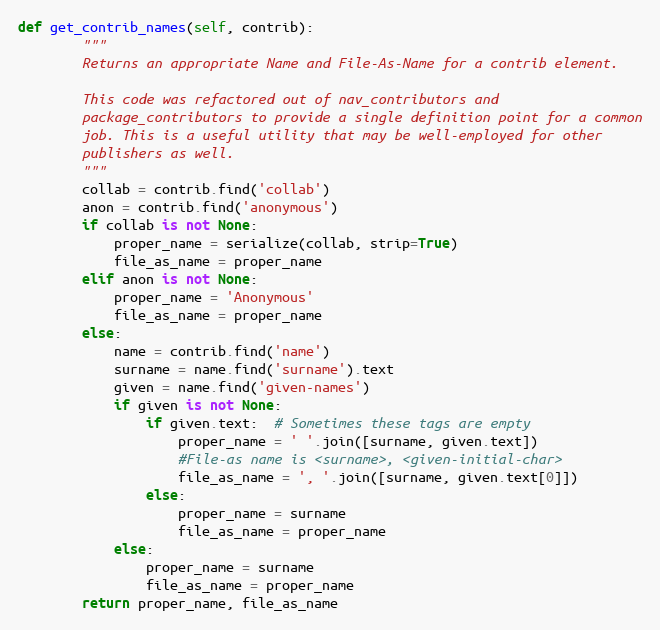
Language: Python
def get_contrib_names(self, contrib):
        """
        Returns an appropriate Name and File-As-Name for a contrib element.

        This code was refactored out of nav_contributors and
        package_contributors to provide a single definition point for a common
        job. This is a useful utility that may be well-employed for other
        publishers as well.
        """
        collab = contrib.find('collab')
        anon = contrib.find('anonymous')
        if collab is not None:
            proper_name = serialize(collab, strip=True)
            file_as_name = proper_name
        elif anon is not None:
            proper_name = 'Anonymous'
            file_as_name = proper_name
        else:
            name = contrib.find('name')
            surname = name.find('surname').text
            given = name.find('given-names')
            if given is not None:
                if given.text:  # Sometimes these tags are empty
                    proper_name = ' '.join([surname, given.text])
                    #File-as name is <surname>, <given-initial-char>
                    file_as_name = ', '.join([surname, given.text[0]])
                else:
                    proper_name = surname
                    file_as_name = proper_name
            else:
                proper_name = surname
                file_as_name = proper_name
        return proper_name, file_as_name